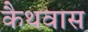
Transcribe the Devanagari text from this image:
कैथवास